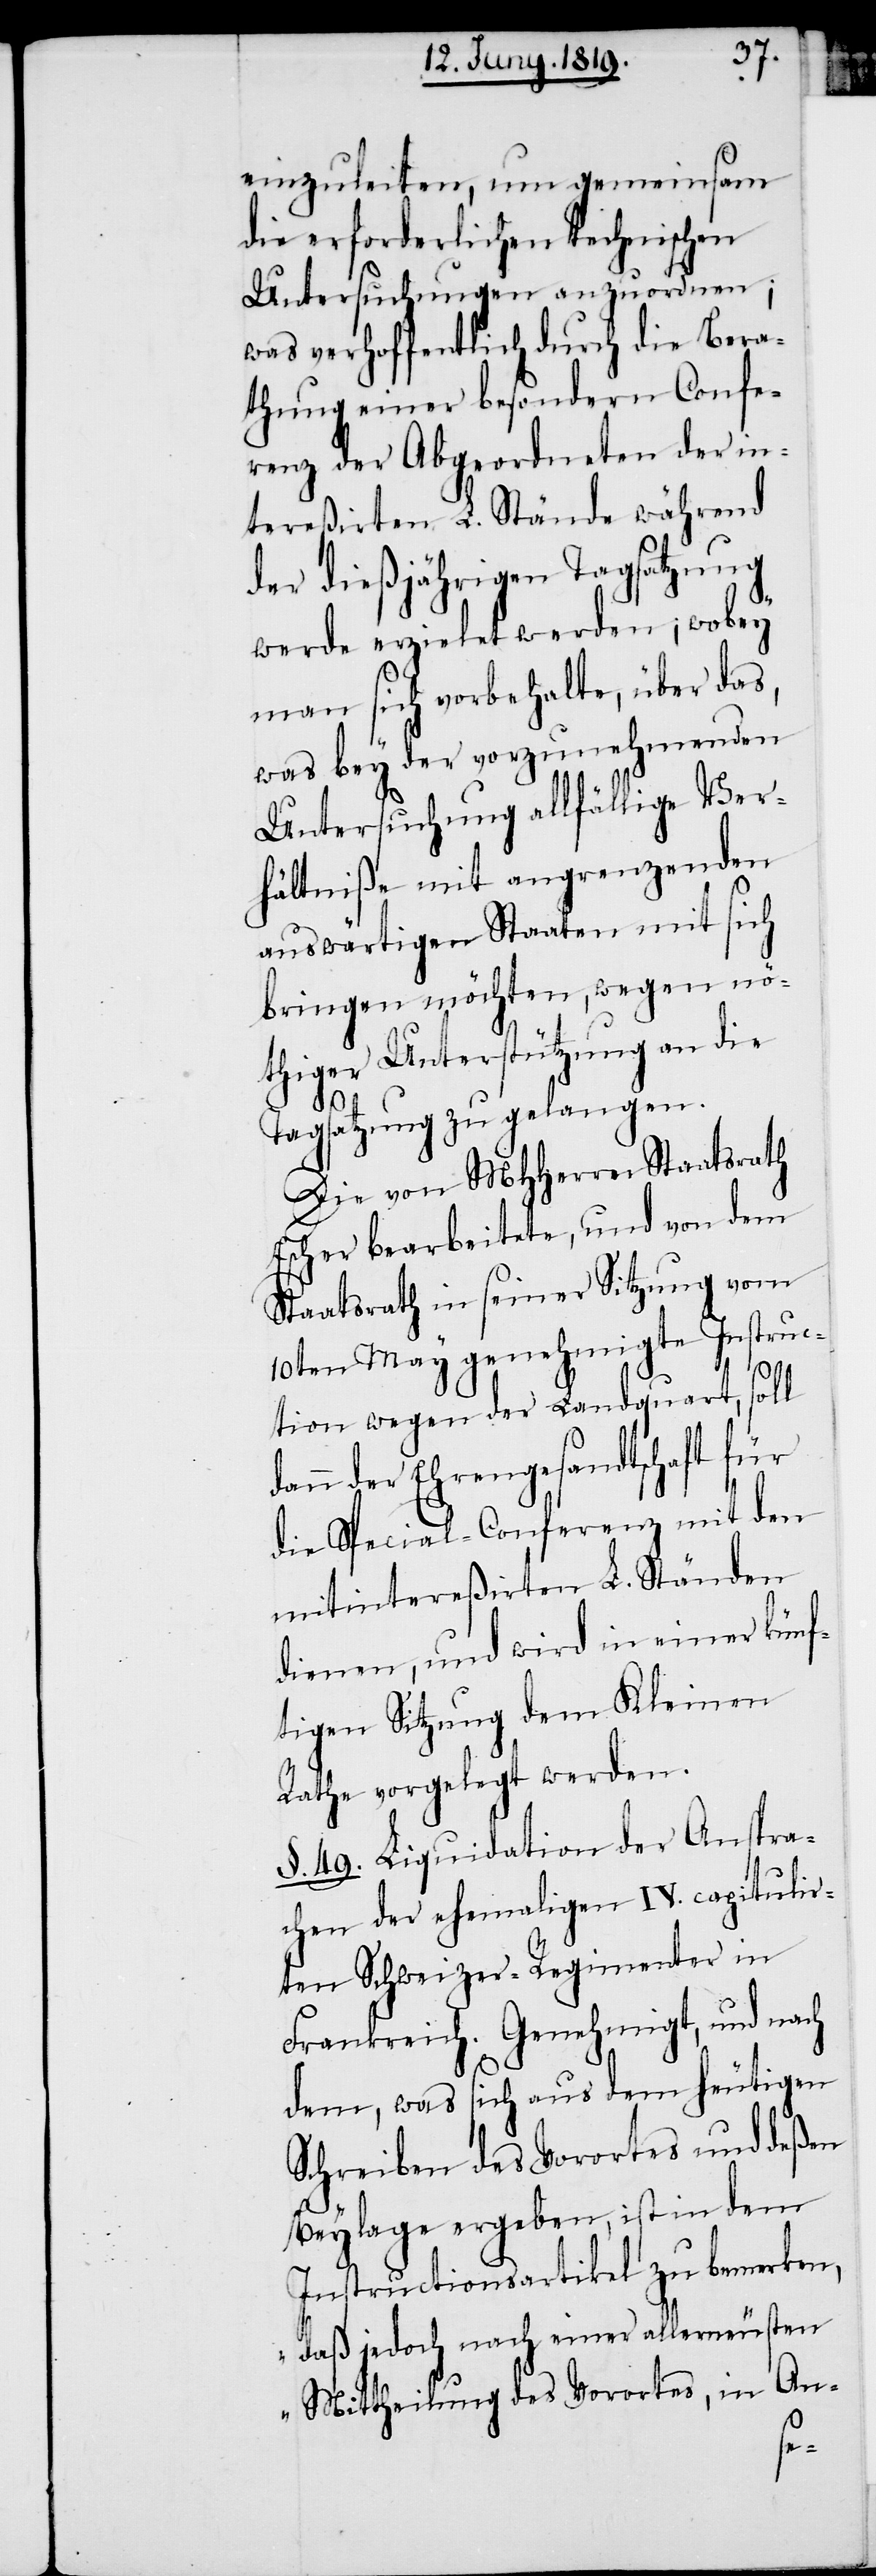
einzuleiten, um gemeinsam
die erforderlichen technischen
Untersuchungen anzuordnen;
was verhoffentlich durch die Bera¬
thung einer besondern Confe¬
renz der Abgeordneten der in¬
tereßirten L. Stände während
der dießjährigen Tagsatzung
werde erzielet werden; wobey
man sich vorbehalte, über das,
was bey der vorzunehmenden
Untersuchung allfällige Ver¬
hältniße mit angrenzenden
auswärtigen Staaten mit sich
bringen möchten, wegen nö¬
thiger Unterstützung an die
Tagsatzung zu gelangen.
Die von MHHerren Staatsrath
Escher bearbeitete, und von dem
Staatsrath in seiner Sitzung vom
10ten May genehmigte Instruc¬
tion wegen der Landquart, soll
n der Ehrengesandtschaft für
die Special-Conferenz mit den
mitintereßirten L. Ständen
dienen, und wird in einer künf¬
tigen Sitzung dem Kleinen
Rathe vorgelegt werden.
§. 49. Liquidation der Anspra¬
chen der ehemaligen IV. capitulir¬
ten Schweizer-Regimenter in
Frankreich. Genehmigt, und nach
dem , was sich aus dem heutigen
Schreiben des Vorortes und deßen
Beylage ergeben, ist in dem
Instructionsartikel zu bemerken,
„daß jedoch nach einer allerneusten
Mittheilung des Vorortes, in An-
dan¬